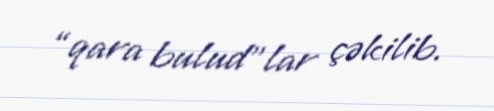
“qara bulud”lar çəkilib.